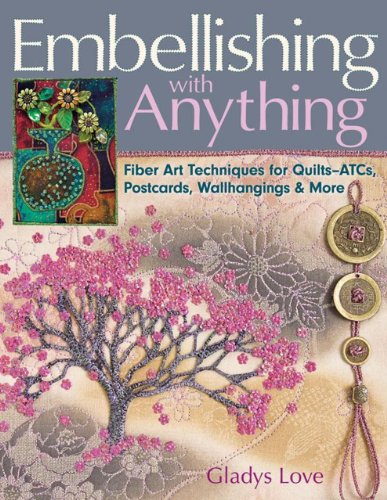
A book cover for Embellishing with Anything: Fiber Art Techniques for Quilts--ATCs, Postcards, Wallhangings & More; Gladys Love; Crafts, Hobbies & Home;